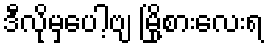
ဒီလိုမှပေါ့ဗျ မြို့စားလေးရ